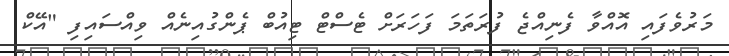
މަރުވެފައި އޮއްވާ ފެނިއްޖެ ފުރަތަމަ ފަހަރަށް ޓެސްޓް ޓިއުބް ޕެންގުއިނެއް ވިއްސައިފި "އޭކް